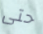
حتى